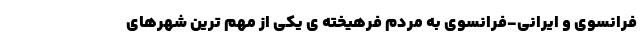
فرانسوی و ایرانی-فرانسوی به مردمِ فرهیخته ی یکی از مهم ترین شهرهای